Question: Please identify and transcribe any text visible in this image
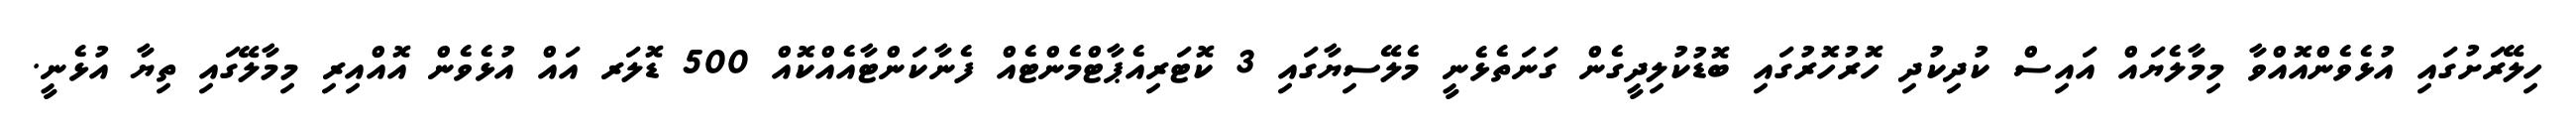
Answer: ހިލޭރަށުގައި އުޅެވެންއޮއްވާ މިމާލެޔައް އައިސް ކުދިކުދި ހޮރުހޮރުގައި ބޮޑުކުލިދީގެން ގަނަތެޅެނީ މެލޭސިޔާގައި 3 ކޮޓަރިއެޕާޓްމެންޓެއް ފެނާކަންޓާއެއްކޮއް 500 ޑޮލަރ އައް އުޅެވެން އޮއްއިރި މިމާލޭގައި ތިޔާ އުޅެނީ.